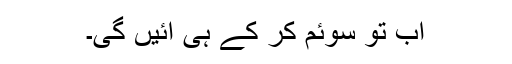
اب تو سوئم کر کے ہی آئیں گی۔